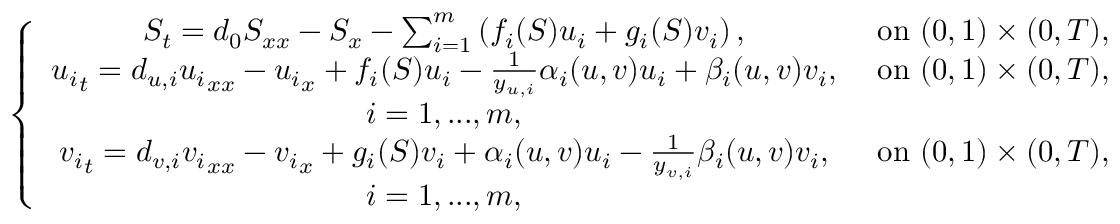
\left\{ \begin{array} { c c } { S _ { t } = d _ { 0 } S _ { x x } - S _ { x } - \sum _ { i = 1 } ^ { m } \left( f _ { i } ( S ) u _ { i } + g _ { i } ( S ) v _ { i } \right) , } & { \mathrm { ~ o n ~ } ( 0 , 1 ) \times ( 0 , T ) , } \\ { { u _ { i } } _ { t } = d _ { u , i } { u _ { i } } _ { x x } - { u _ { i } } _ { x } + f _ { i } ( S ) u _ { i } - \frac { 1 } { y _ { u , i } } \alpha _ { i } ( u , v ) u _ { i } + \beta _ { i } ( u , v ) v _ { i } , } & { \mathrm { ~ o n ~ } ( 0 , 1 ) \times ( 0 , T ) , } \\ { i = 1 , . . . , m , } & \\ { { v _ { i } } _ { t } = d _ { v , i } { v _ { i } } _ { x x } - { v _ { i } } _ { x } + g _ { i } ( S ) v _ { i } + \alpha _ { i } ( u , v ) u _ { i } - \frac { 1 } { y _ { v , i } } \beta _ { i } ( u , v ) v _ { i } , } & { \mathrm { ~ o n ~ } ( 0 , 1 ) \times ( 0 , T ) , } \\ { i = 1 , . . . , m , } & \end{array} \right.